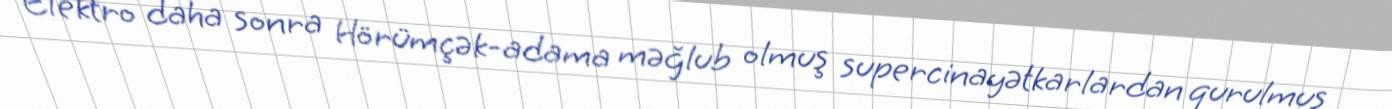
Elektro daha sonra Hörümçək-adama məğlub olmuş supercinayətkarlardan qurulmuş